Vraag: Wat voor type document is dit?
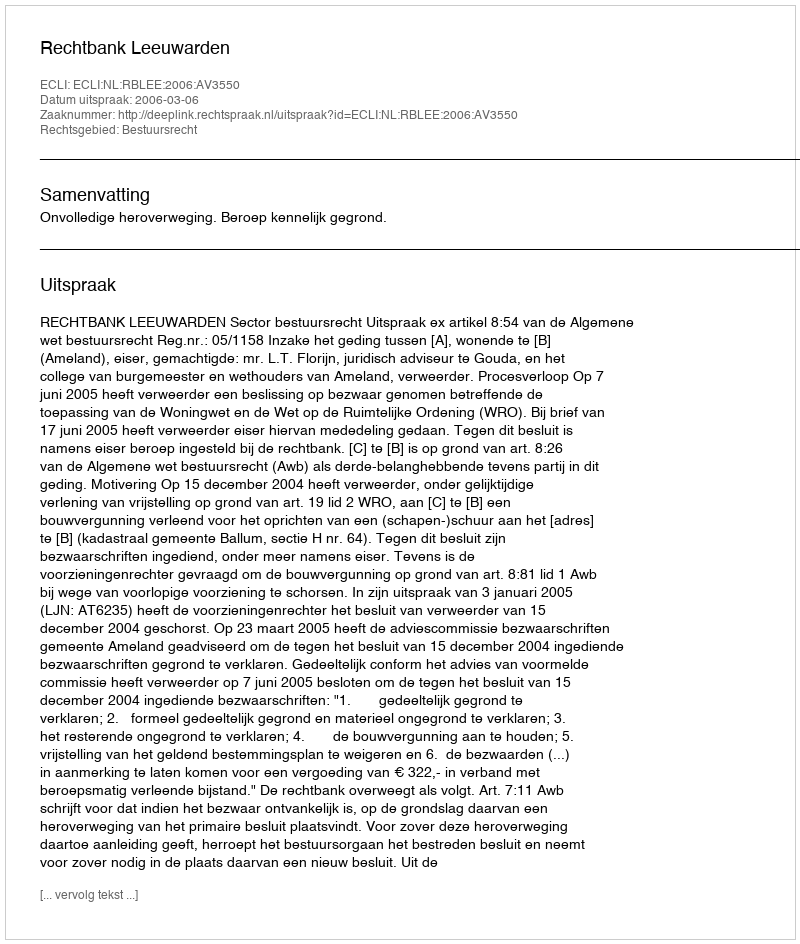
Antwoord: Uitspraak